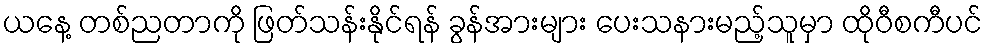
ယနေ့ တစ်ညတာကို ဖြတ်သန်းနိုင်ရန် ခွန်အားများ ပေးသနားမည့်သူမှာ ထိုဝီစကီပင်